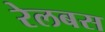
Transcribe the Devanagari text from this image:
रेलबस